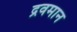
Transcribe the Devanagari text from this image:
द्रवमान